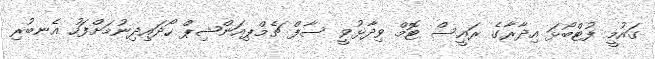
ގައުމީ ފުޓްބޯޅަ އިދާރާގެ ރައީސް ޓޮމް ވިދާޅުވީ ސާފް ޗެމްޕިއަންޝިޕް ހޯދައިދިނުމަށްފަހު އެނބުރި